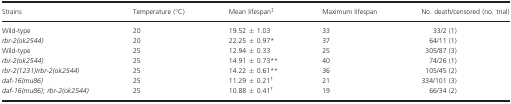
| Strains | Temperature (°C) | Mean lifespan‡ | Maximum lifespan | No. death/censored (no. trial) |
 | --- | --- | --- | --- | --- |
 | Wild-type | 20 | 19.52 ± 1.03 | 33 | 33/2 (1) |
 | rbr-2(ok2544) | 20 | 22.25 ± 0.97* | 37 | 64/11 (1) |
 | Wild-type | 25 | 12.94 ± 0.33 | 25 | 305/87 (3) |
 | rbr-2(ok2544) | 25 | 14.91 ± 0.73** | 40 | 74/26 (1) |
 | rbr-2(1231)/rbr-2(ok2544) | 25 | 14.22 ± 0.61** | 36 | 105/45 (2) |
 | daf-16(mu86) | 25 | 11.29 ± 0.21† | 21 | 334/101 (3) |
 | daf-16(mu86); rbr-2(ok2544) | 25 | 10.88 ± 0.41† | 19 | 66/34 (2) |